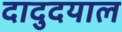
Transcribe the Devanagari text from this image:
दादुदयाल